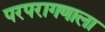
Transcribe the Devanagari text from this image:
परपरागणाला